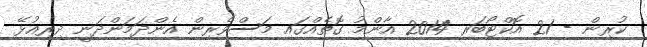
ކުރިން - 21 އޮކްޓޯބަރ 2014 އާންމު ގޮތެއްގައި މަސްވެރިން އެންދަމަންދަނީ ދިރިއުޅޭ